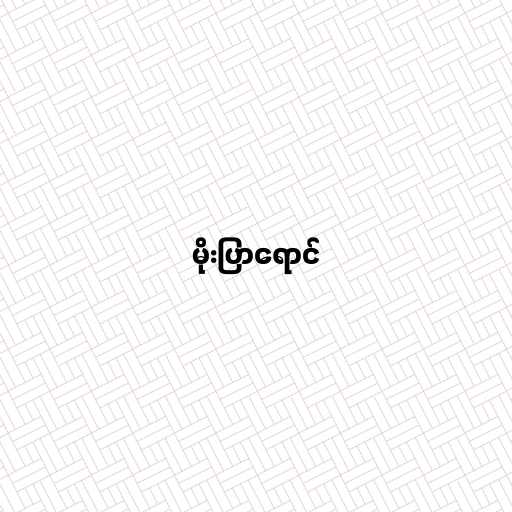
မိုးပြာရောင်